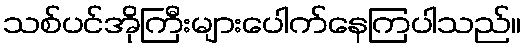
သစ်ပင်အိုကြီးများပေါက်နေကြပါသည်။